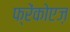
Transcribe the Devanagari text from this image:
फ्रेंकोएज़